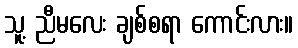
သူ့ ညီမလေး ချစ်စရာ ကောင်းလား။